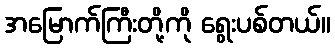
အမြောက်ကြီးတို့ကို ရွေးပစ်တယ်။